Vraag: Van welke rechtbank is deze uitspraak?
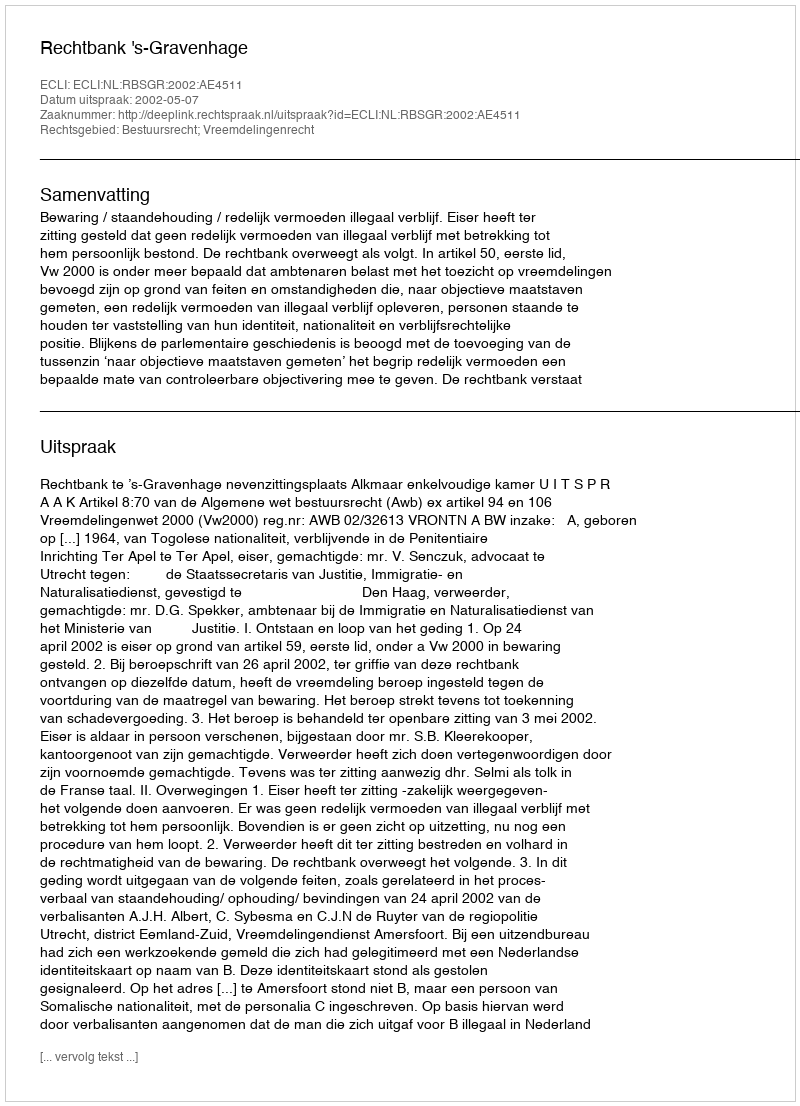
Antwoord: Rechtbank 's-Gravenhage